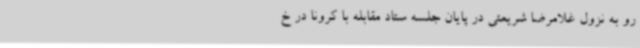
رو به نزول غلامرضا شریعتی در پایان جلسه ستاد مقابله با کرونا در خ